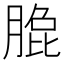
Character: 𰮼